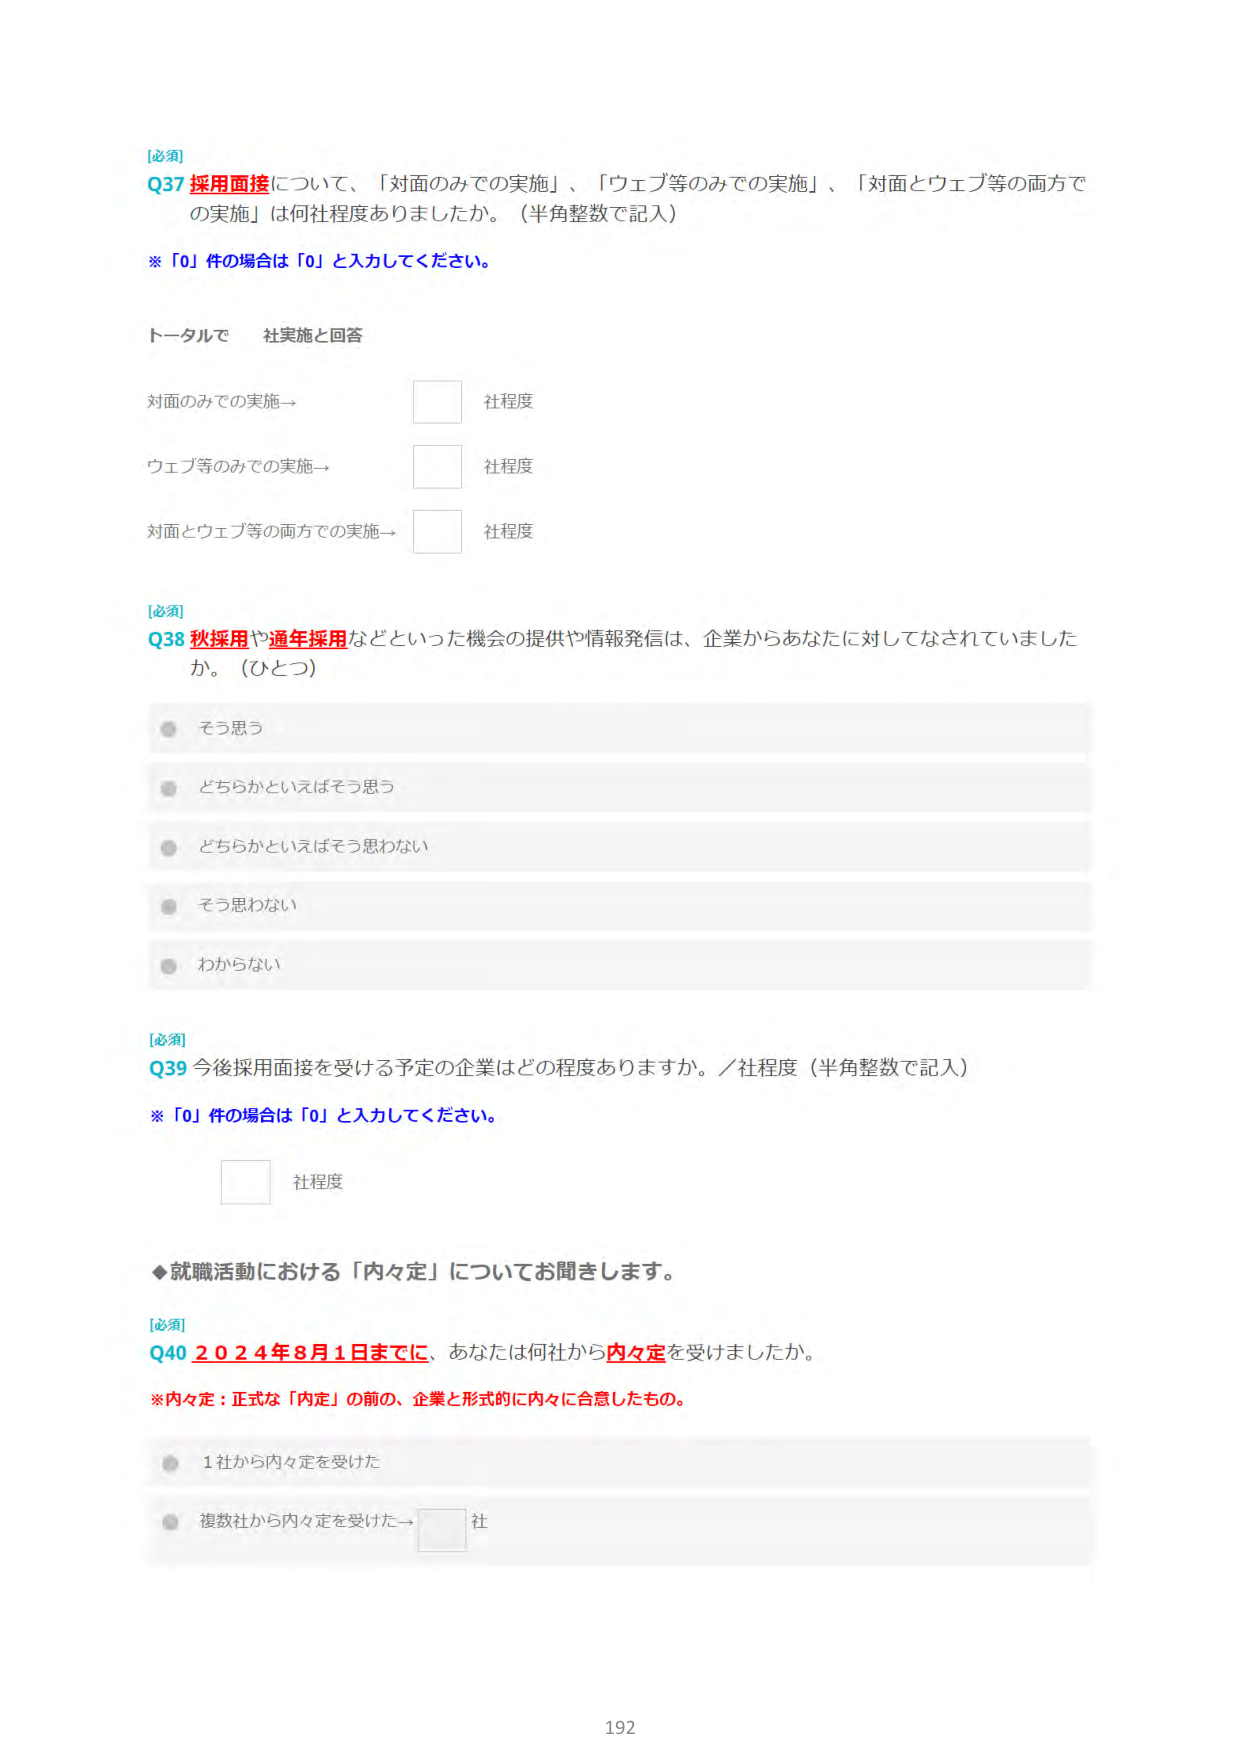
[必須]
Q37 採用面接について、「対面のみでの実施」、「ウェブ等のみでの実施」、「対面とウェブ等の両方での実施」は何社程度ありましたか。（半角整数で記入）
※「0」件の場合は「0」と入力してください。

トータルで 社実施と回答
対面のみでの実施→ □ 社程度
ウェブ等のみでの実施→ □ 社程度
対面とウェブ等の両方での実施→ □ 社程度

[必須]
Q38 秋採用や通年採用などといった機会の提供や情報発信は、企業からあなたに対してなされていましたか。（ひとつ）
● そう思う
● どちらかといえばそう思う
● どちらかといえばそう思わない
● そう思わない
● わからない

[必須]
Q39 今後採用面接を受ける予定の企業はどの程度ありますか。／社程度（半角整数で記入）
※「0」件の場合は「0」と入力してください。
□ 社程度

◆就職活動における「内々定」についてお聞きします。

[必須]
Q40 2024年8月1日までに、あなたは何社から内々定を受けましたか。
※内々定：正式な「内定」の前の、企業と形式的に内々に合意したもの。
● 1社から内々定を受けた
● 複数社から内々定を受けた→ □ 社

192